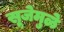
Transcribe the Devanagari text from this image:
सूजेमुळे